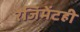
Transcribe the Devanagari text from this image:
रेजिमेंटही